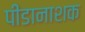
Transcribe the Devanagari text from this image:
पीडानाशक